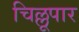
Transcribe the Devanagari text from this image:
चिल्लूपार